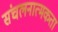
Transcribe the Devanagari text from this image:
संचलनात्मकता